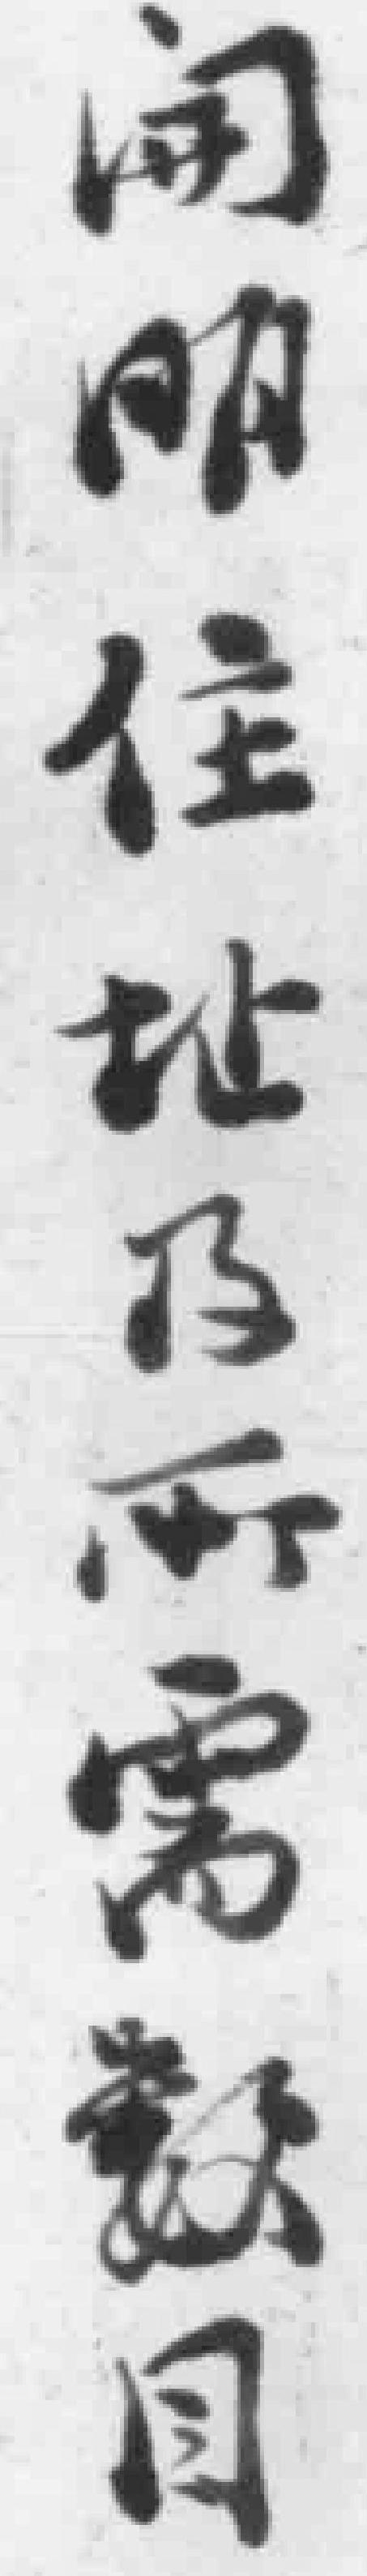
开明住址及所需数目